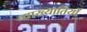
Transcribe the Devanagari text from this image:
व्याख्यातियों